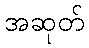
အဆုတ်